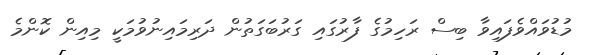
މުޑުވައްވެފައިވާ ބިސް ރަހިމުގެ ފާރުގައި ގަރުބަގަތުން ދަރިމައިނުވުމަކީ މިއިން ކޮންމެ